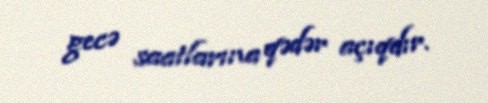
gecə saatlarına qədər açıqdır.